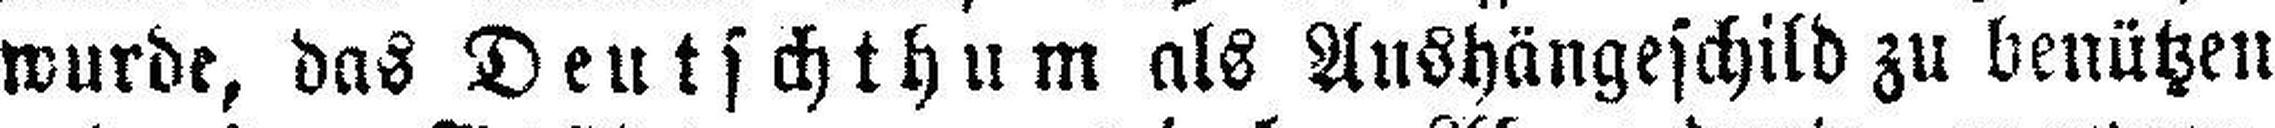
wurde, das Deutschthum als Aushängeschild zu benützen